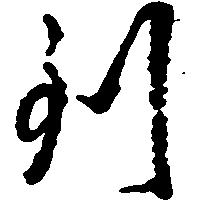
到